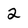
Character: 2